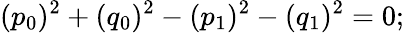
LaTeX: (p_{0})^{2}+(q_{0})^{2}-(p_{1})^{2}-(q_{1})^{2}=0;